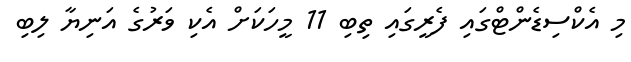
މި އެކްސިޑެންޓްގައި ފެރީގައި ތިބި 11 މީހަކަށް އެކި ވަރުގެ އަނިޔާ ލިބި